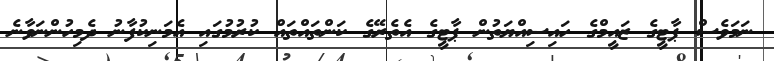
ނަމަވެސް ޕާޓީގެ ޒައީމްގެ ހައިސިއްޔަތުން ޕާޓީގެ އެތެރޭގެ ކަންތައްތައް ކުރުމުގައި އެމަނިކުފާނު ދެމިހުންނަވާނެ